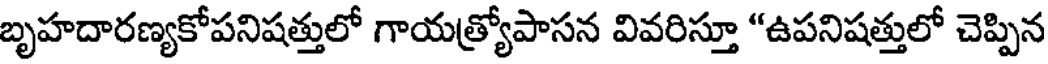
బృహదారణ్యకోపనిషత్తులో గాయత్ర్యోపాసన వివరిస్తూ "ఉపనిషత్తులో చెప్పిన